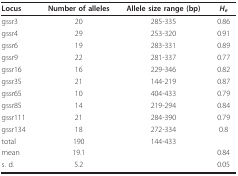
<table><thead><tr><td><b>Locus</b></td><td><b>Number of alleles</b></td><td><b>Allele size range (bp)</b></td><td><b><i>H<sub>e</sub></i></b></td></tr></thead><tbody><tr><td>gssr3</td><td>20</td><td>285-335</td><td>0.86</td></tr><tr><td>gssr4</td><td>29</td><td>253-320</td><td>0.91</td></tr><tr><td>gssr6</td><td>19</td><td>283-331</td><td>0.89</td></tr><tr><td>gssr9</td><td>22</td><td>281-337</td><td>0.77</td></tr><tr><td>gssr16</td><td>16</td><td>229-346</td><td>0.82</td></tr><tr><td>gssr35</td><td>21</td><td>144-219</td><td>0.87</td></tr><tr><td>gssr65</td><td>10</td><td>404-433</td><td>0.79</td></tr><tr><td>gssr85</td><td>14</td><td>219-294</td><td>0.84</td></tr><tr><td>gssr111</td><td>21</td><td>284-390</td><td>0.79</td></tr><tr><td>gssr134</td><td>18</td><td>272-334</td><td>0.8</td></tr><tr><td>total</td><td>190</td><td>144-433</td><td></td></tr><tr><td>mean</td><td>19.1</td><td></td><td>0.84</td></tr><tr><td>s. d.</td><td>5.2</td><td></td><td>0.05</td></tr></tbody></table>